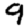
Digit: 9